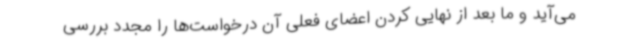
می‌آید و ما بعد از نهایی کردن اعضای فعلی آن درخواست‌ها را مجدد بررسی